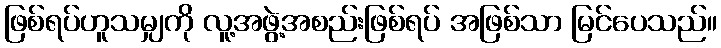
ဖြစ်ရပ်ဟူသမျှကို လူ့အဖွဲ့အစည်းဖြစ်ရပ် အဖြစ်သာ မြင်ပေသည်။